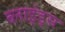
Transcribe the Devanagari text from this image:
ब्लाइंड्स